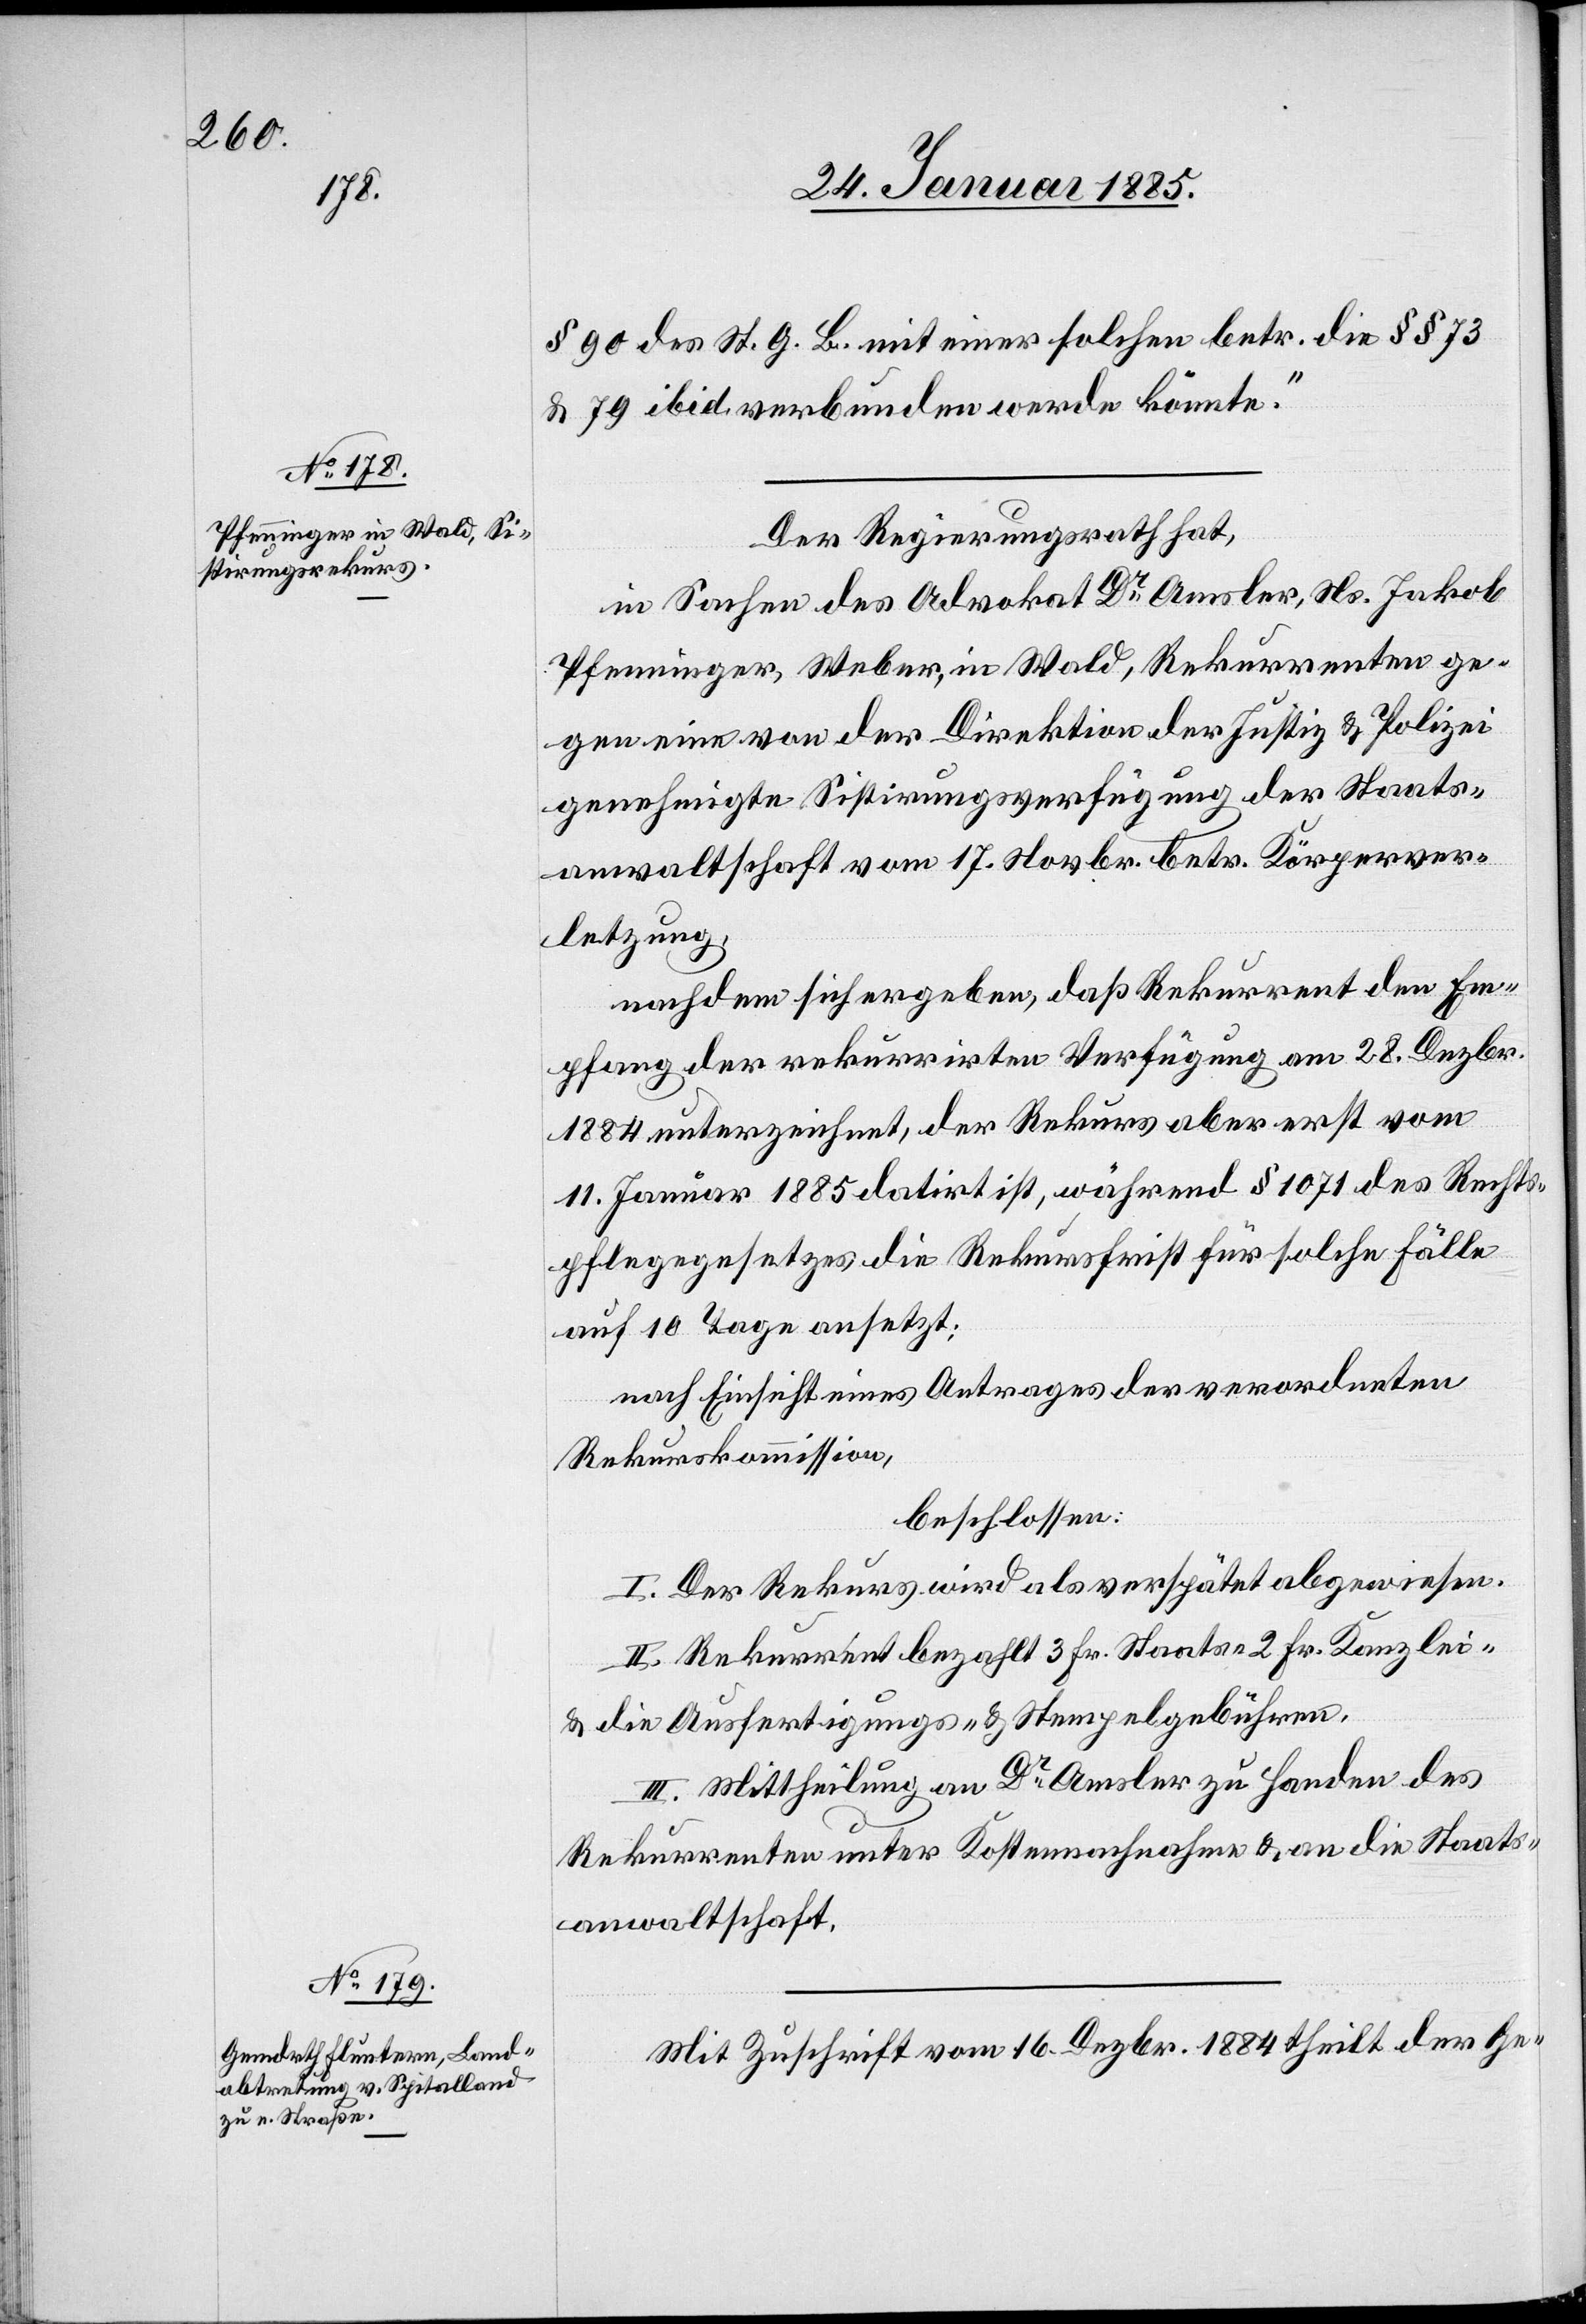
§ 90 des St. G. B. mit einer solchen betr. die §§ 73
& 79 ibid verbunden werde könnte.“
Der Regierungsrath hat,
in Sachen des Advokat Dr. Amsler, Ns. Jakob
Pfenninger, Weber, in Wald, Rekurrenten ge¬
gen eine von der Direktion der Justiz & Polizei
genehmigte Sistirungsverfügung der Staats¬
anwaltschaft vom 17. Novbr. betr. Körperver¬
letzung,
nachdem sich ergeben, daß Rekurrent den Em¬
pfang der rekurrirten Verfügung am 28. Dezbr.
1884 unterzeichnet, der Rekurs aber erst vom
11. Januar 1885 datirt ist, während § 1071 des Rechts¬
pflegegesetzes die Rekursfrist für solche Fälle
auf 10 Tage ansetzt;
nach Einsicht eines Antrages der verordneten
Rekurskommission,
beschlossen:
I. Der Rekurs wird als verspätet abgewiesen.
II. Rekurrent bezahlt 3 Fr. Staats-[,] 2 Fr. Kanzlei-
& die Ausfertigungs- & Stempelgebühren.
III. Mittheilung an Dr Amsler zu Handen des
Rekurrenten unter Kostennachnahme & an die Staats¬
anwaltschaft.
Mit Zuschrift vom 16. Dezbr. 1884 theilt der Ge-